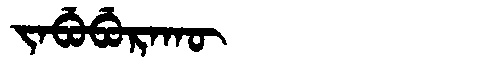
Manchu: ᠵᠠᠪᡠᠪᡠᡵᠠᡴᡡ
Romanization: JABUBURAKŪ